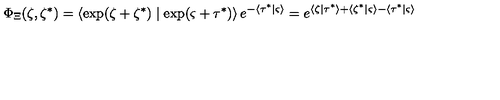
\Phi _ { \Xi } ( \zeta , \zeta ^ { * } ) = \left\langle \exp ( \zeta + \zeta ^ { * } ) \mid \exp ( \varsigma + \tau ^ { * } ) \right\rangle e ^ { - \left\langle \tau ^ { * } \mid \varsigma \right\rangle } = e ^ { \left\langle \zeta \mid \tau ^ { * } \right\rangle + \left\langle \zeta ^ { * } \mid \varsigma \right\rangle - \left\langle \tau ^ { * } \mid \varsigma \right\rangle }